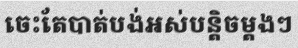
ចេះតែបាត់បង់អស់បន្តិចម្តងៗ